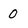
Character: 0